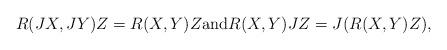
LaTeX: \begin{align*}R(JX,JY)Z=R(X,Y)Z \textrm{and} R(X,Y)JZ=J(R(X,Y)Z),\end{align*}